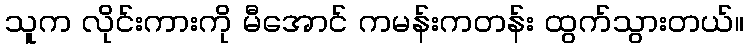
သူက လိုင်းကားကို မီအောင် ကမန်းကတန်း ထွက်သွားတယ်။